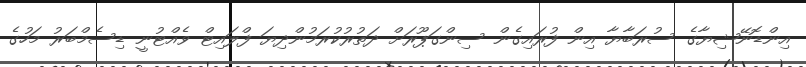
އިންޑޮނޭޝިޔާގެ ސުރަބާޔާ އިން ފުރައިގެން ސިންގަޕޫރަށް ދަތުރުކުރަމުންދިޔަ ފްލައިޓް ވެއްޓުނީ ޑިސެމްބަރު މަހުގެ